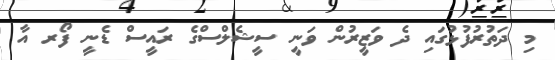
މި ދަތުރުފުޅުގައި ދެ ވަޒީރުން ވަނީ ސީޝެލްސްގެ ރައީސް ޑެނީ ފޯރ އާ